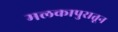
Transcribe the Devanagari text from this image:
मलकापुरातून